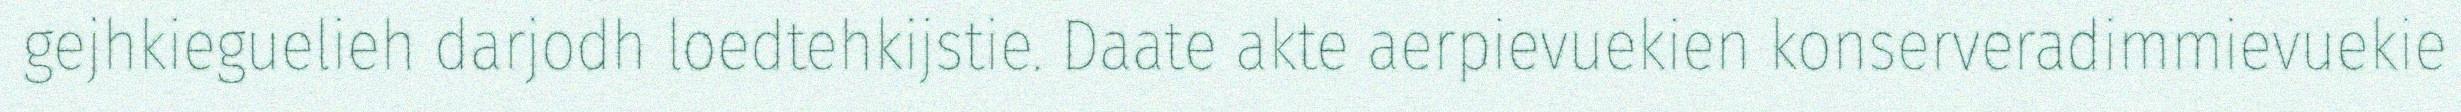
gejhkieguelieh darjodh loedtehkijstie. Daate akte aerpievuekien konserveradimmievuekie